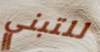
للتبني